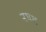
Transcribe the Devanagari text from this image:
नभश्च